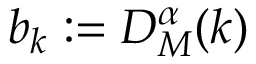
b _ { k } : = D _ { M } ^ { \alpha } ( k )